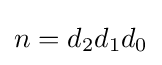
n=d_{2}d_{1}d_{0}